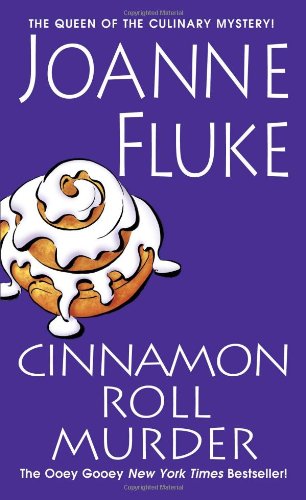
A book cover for Cinnamon Roll Murder (A Hannah Swensen Mystery); Joanne Fluke; Mystery, Thriller & Suspense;